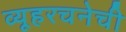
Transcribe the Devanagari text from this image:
व्यूहरचनेची